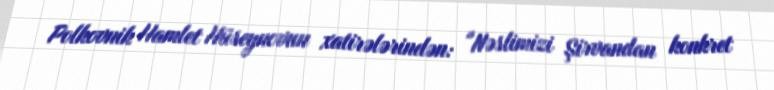
Polkovnik Hamlet Hüseynovun xatirələrindən: "Nəslimizi Şirvandan konkret